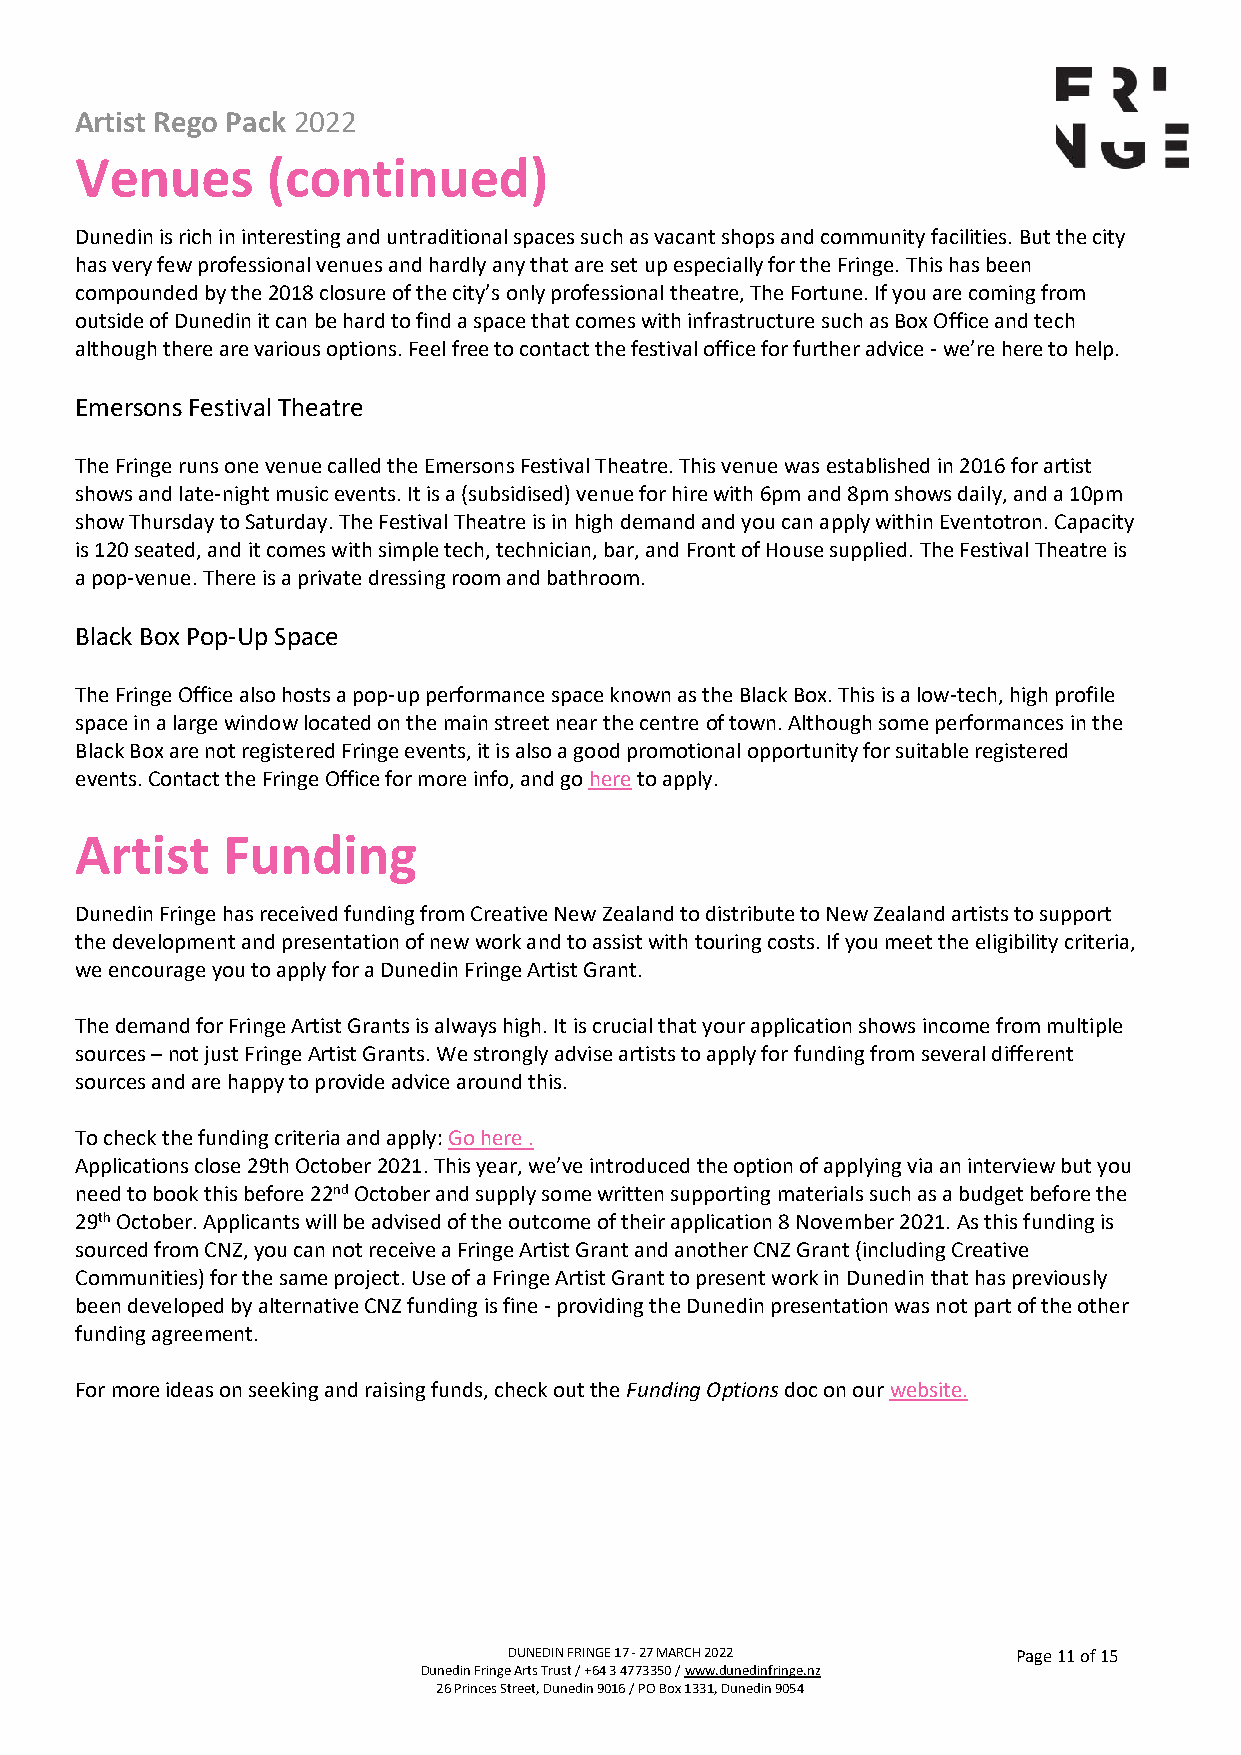
Artist Rego Pack 2022
 Venues       (continued)
 Dunedin is rich in interesting and untraditional spaces such as vacant shops and community facilities. But the city
 has very few professional venues and hardly any that are set up especially for the Fringe. This has been
 compounded by the 2018 closure of the city’s only professional theatre, The Fortune. If you are coming from
 outside of Dunedin it can be hard to find a space that comes with infrastructure such as Box Office and tech
 although there are various options. Feel free to contact the festival office for further advice - we’re here to help.
 Emersons Festival Theatre
 The Fringe runs one venue called the Emersons Festival Theatre. This venue was established in 2016 for artist
 shows and late-night music events. It is a (subsidised) venue for hire with 6pm and 8pm shows daily, and a 10pm
 show Thursday to Saturday. The Festival Theatre is in high demand and you can apply within Eventotron. Capacity
 is 120 seated, and it comes with simple tech, technician, bar, and Front of House supplied. The Festival Theatre is
 a pop-venue. There is a private dressing room and bathroom.
 Black Box Pop-Up Space
 The Fringe Office also hosts a pop-up performance space known as the Black Box. This is a low-tech, high profile
 space in a large window located on the main street near the centre of town. Although some performances in the
 Black Box are not registered Fringe events, it is also a good promotional opportunity for suitable registered
 events. Contact the Fringe Office for more info, and go here to apply.
 Artist    Funding
 Dunedin Fringe has received funding from Creative New Zealand to distribute to New Zealand artists to support
 the development and presentation of new work and to assist with touring costs. If you meet the eligibility criteria,
 we encourage you to apply for a Dunedin Fringe Artist Grant.
 The demand for Fringe Artist Grants is always high. It is crucial that your application shows income from multiple
 sources – not just Fringe Artist Grants. We strongly advise artists to apply for funding from several different
 sources and are happy to provide advice around this.
 To check the funding criteria and apply: Go here .
 Applications close 29th October 2021. This year, we’ve introduced the option of applying via an interview but you
 need to book this before 22nd October and supply some written supporting materials such as a budget before the
 29th October. Applicants will be advised of the outcome of their application 8 November 2021. As this funding is
 sourced from CNZ, you can not receive a Fringe Artist Grant and another CNZ Grant (including Creative
 Communities) for the same project. Use of a Fringe Artist Grant to present work in Dunedin that has previously
 been developed by alternative CNZ funding is fine - providing the Dunedin presentation was not part of the other
 funding agreement.
 For more ideas on seeking and raising funds, check out the Funding Options doc on our website.
 DUNEDIN FRINGE 17 - 27 MARCH 2022 Page 11 of 15
 Dunedin Fringe Arts Trust / +64 3 4773350 / www.dunedinfringe.nz
 26 Princes Street, Dunedin 9016 / PO Box 1331, Dunedin 9054